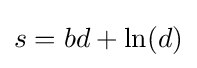
s={bd+\ln(d)}